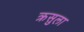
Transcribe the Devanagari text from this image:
क्रसुला